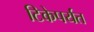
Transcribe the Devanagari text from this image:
टिकेपर्यंत